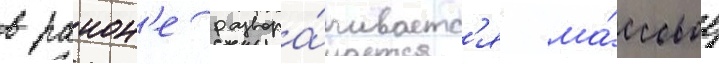
в раион'е развора́чиваетс'я ма́ссовое